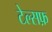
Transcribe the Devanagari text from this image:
टेल्सफ़